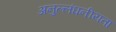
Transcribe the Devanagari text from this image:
अनुल्लंघनीयता